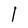
Character: l